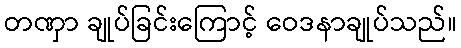
တဏှာ ချုပ်ခြင်းကြောင့် ဝေဒနာချုပ်သည်။